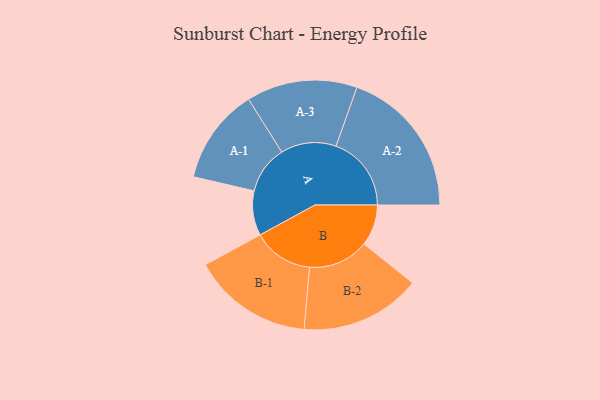
{"axis": {"x": "Segment", "y": "Value"}, "legend": ["", "A", "B"], "data": [{"x": "A", "y": 161, "type": ""}, {"x": "B", "y": 149, "type": ""}, {"x": "A-1", "y": 173, "type": "A"}, {"x": "A-2", "y": 272, "type": "A"}, {"x": "A-3", "y": 200, "type": "A"}, {"x": "B-1", "y": 218, "type": "B"}, {"x": "B-2", "y": 218, "type": "B"}]}